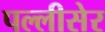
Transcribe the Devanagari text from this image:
पल्लीसेर